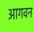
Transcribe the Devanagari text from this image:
आगवन